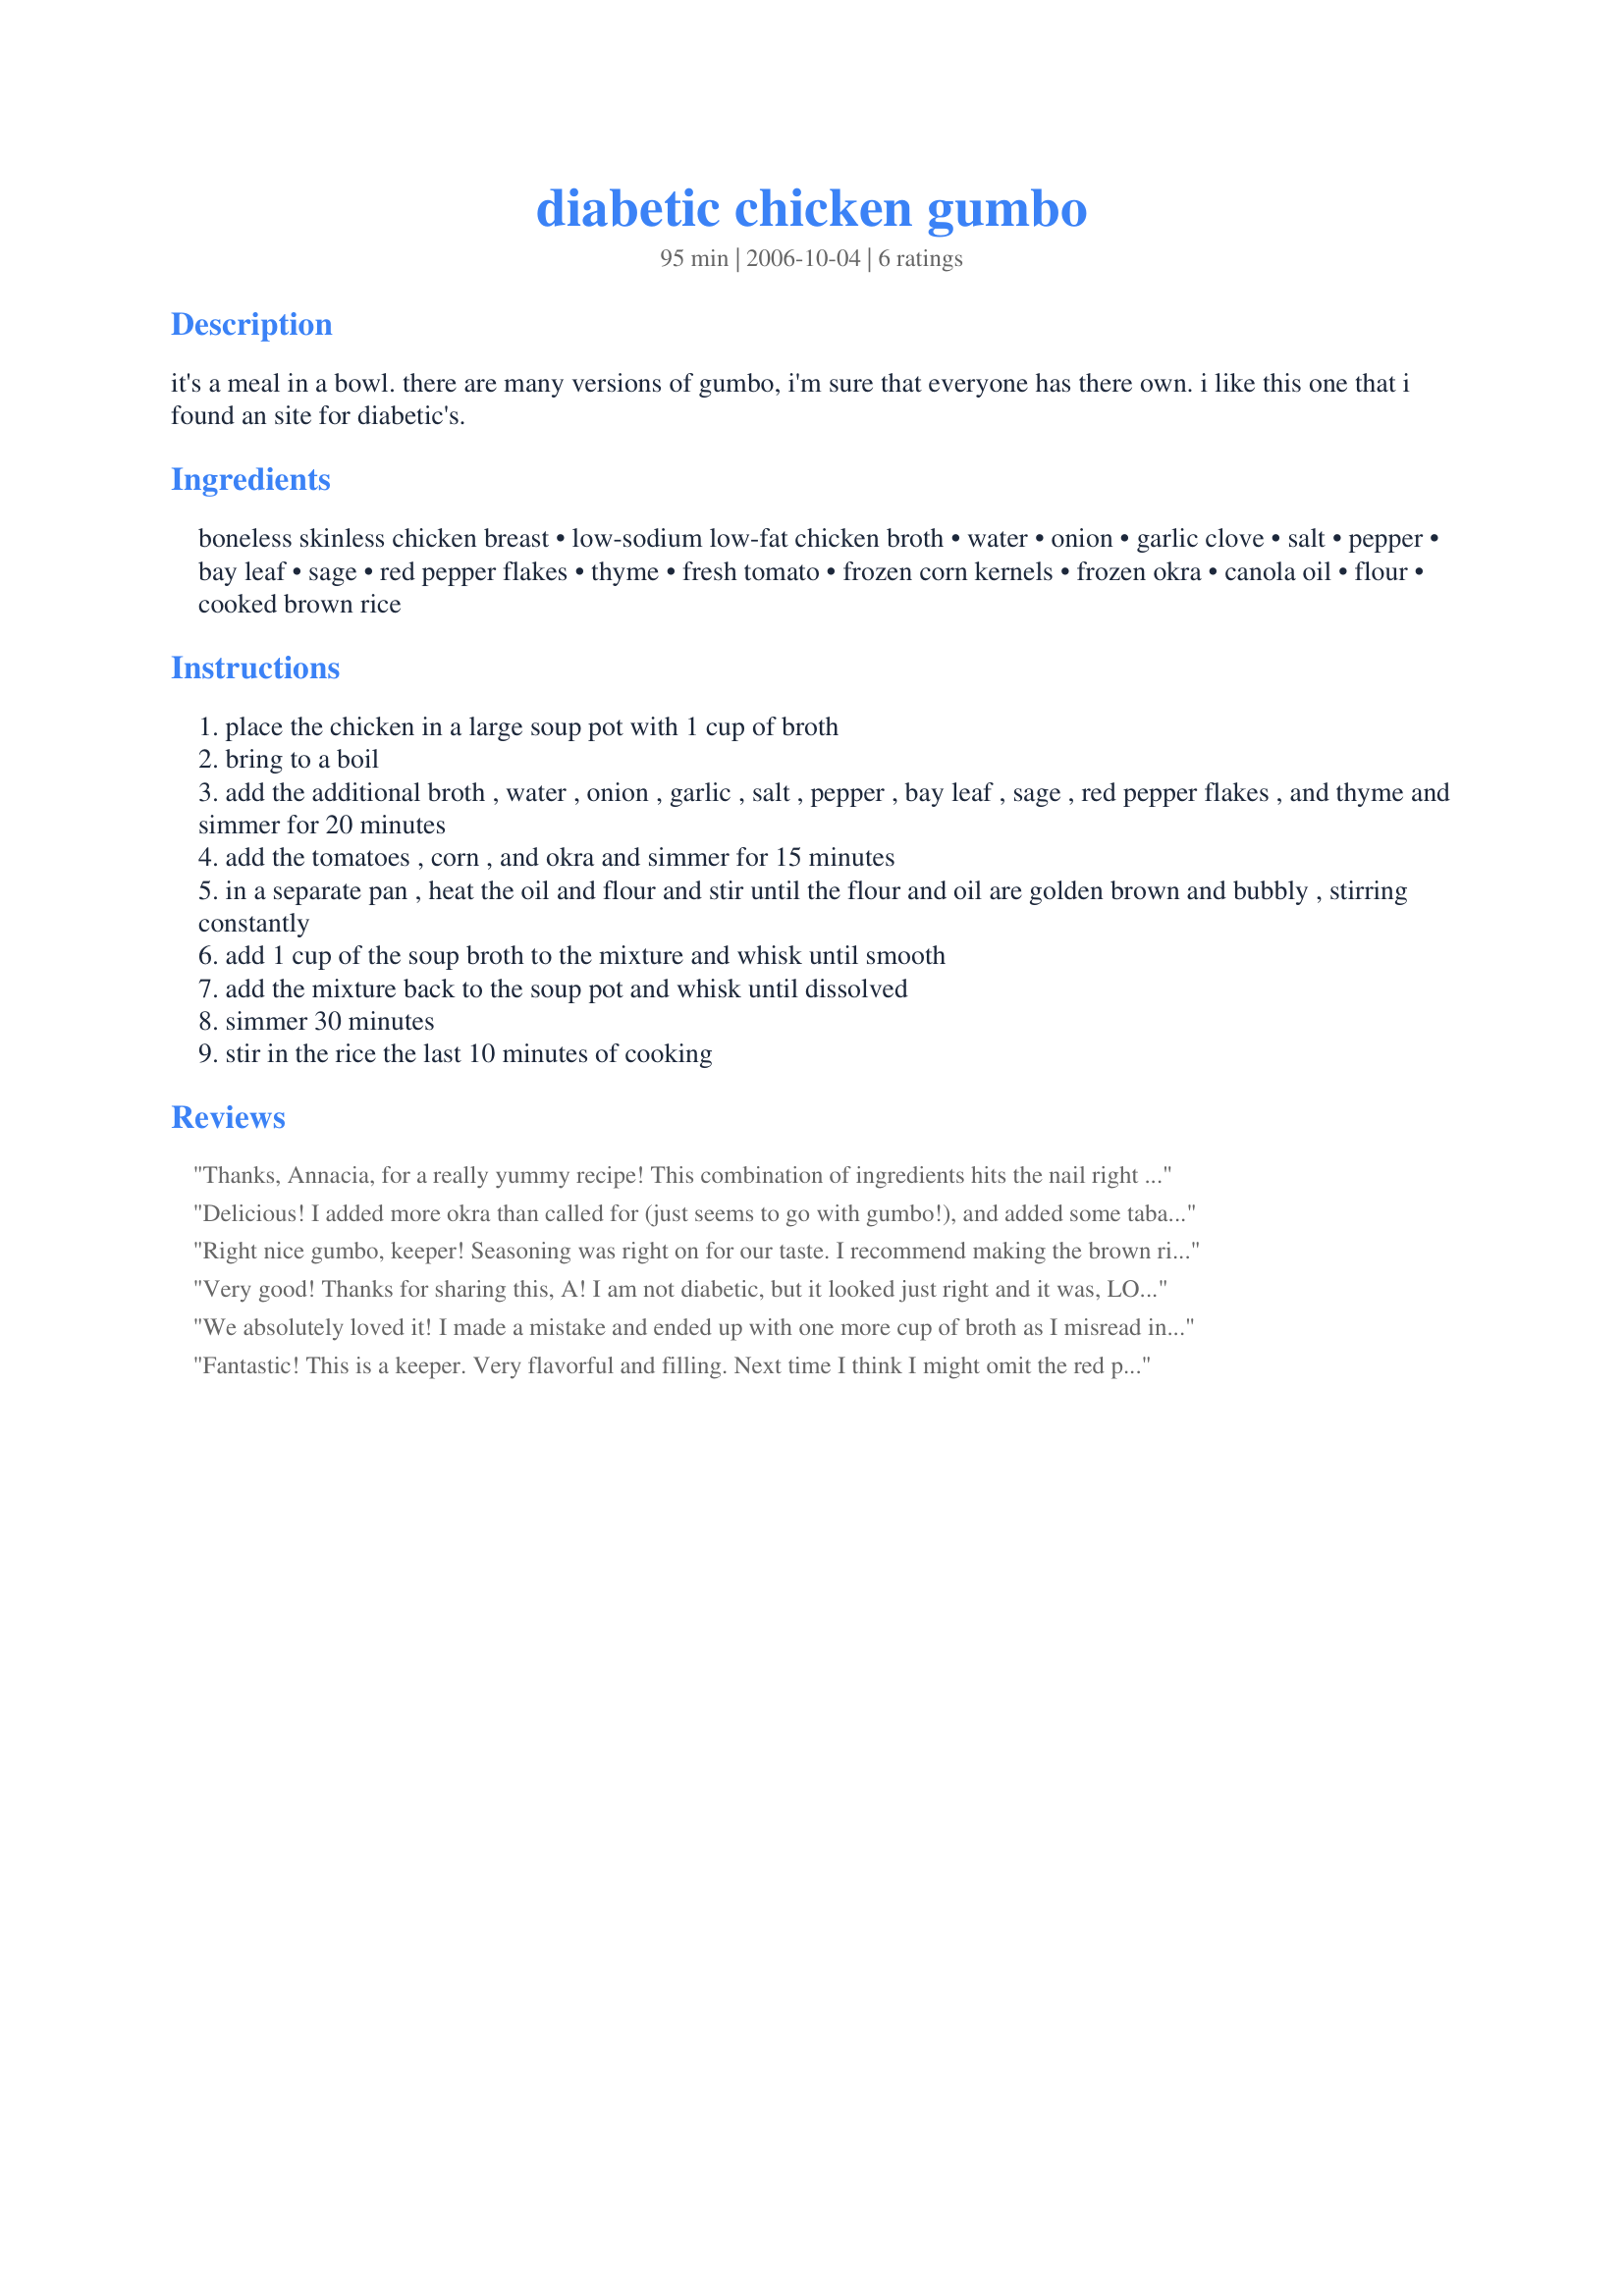
diabetic chicken gumbo
Preparation time: 95 minutes

it's a meal in a bowl. there are many versions of gumbo, i'm sure that everyone has there own. i like this one that i found an site for diabetic's.

Ingredients:
boneless skinless chicken breast, low-sodium low-fat chicken broth, water, onion, garlic clove, salt, pepper, bay leaf, sage, red pepper flakes, thyme, fresh tomato, frozen corn kernels, frozen okra, canola oil, flour, cooked brown rice

Steps:
place the chicken in a large soup pot with 1 cup of broth
bring to a boil
add the additional broth , water , onion , garlic , salt , pepper , bay leaf , sage , red pepper flakes , and thyme and simmer for 20 minutes
add the tomatoes , corn , and okra and simmer for 15 minutes
in a separate pan , heat the oil and flour and stir until the flour and oil are golden brown and bubbly , stirring constantly
add 1 cup of the soup broth to the mixture and whisk until smooth
add the mixture back to the soup pot and whisk until dissolved
simmer 30 minutes
stir in the rice the last 10 minutes of cooking

Reviews:
Thanks, Annacia, for a really yummy recipe! This combination of ingredients hits the nail right on the head for perfect "chicken gumbo" flavor! Since I'm trying to drop some pounds, I left out the canaola oil and flour, and omitted steps 4 and 5. There was no compromise, just fewer calories. Very delicious!

Delicious! I added more okra than called for (just seems to go with gumbo!), and added some tabasco to add some heat. I guess I like a spicier gumbo. I took the flour off the heat when it was golden brown, and my "gravy" wasn't as dark as most gumbos, but the flavor was delicious. Perfect dinner tonight. I'll save this recipe to make again! Thanks for sharing. Made for Rookie tag.
Right nice gumbo, keeper! Seasoning was right on for our taste. I recommend making the brown rice earlier. This is like a fancy Chicken and Rice Soup. Not too spicy for aged MIL, that's a coup! Thank you for sharing this recipe, Annacia! Made for Photo Tag.
Very good! Thanks for sharing this, A! I am not diabetic, but it looked just right and it was, LOL! Made for ZWT9
We absolutely loved it! I made a mistake and ended up with one more cup of broth as I misread instruction #4.
Fantastic! This is a keeper. Very flavorful and filling. Next time I think I might omit the red pepper flakes, as it seemed to have a little too much heat for my taste.
